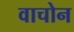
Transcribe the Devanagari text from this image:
वाचोन